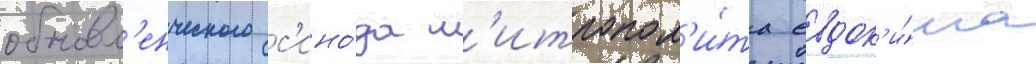
обновл'енческого с'ино́да м'итропол'и́та евдок'и́ма